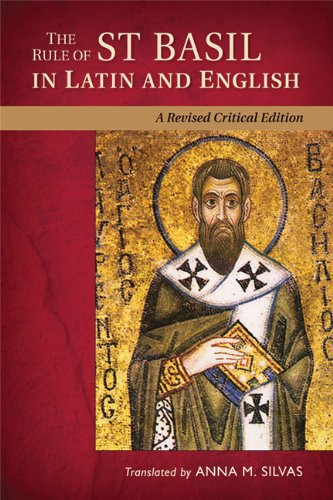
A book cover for The Rule of St. Basil in Latin and English: A Revised Critical Edition; Christian Books & Bibles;